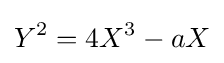
Y^{2}=4X^{3}-aX